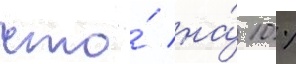
что́ на́ 10 %